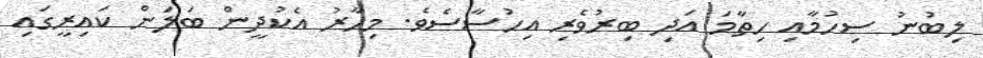
ލިބުނު ސިހުމާއި ހިތާމަ އަދި ބިރުވެރި އިހުސާސެވެ. މިހާރު އެކުދީން ބަލަން ކައިރީގައި